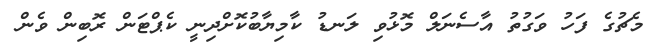
މެޗުގެ ފަހު ވަގުތު އާސެނަލް މޮޅުވި ލަނޑު ކާމިޔާބުކޮށްދިނީ ކެޕްޓަން ރޮބިން ވެން